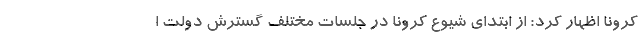
کرونا اظهار کرد: از ابتدای شیوع کرونا در جلسات مختلف گسترش دولت ا